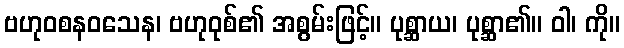
ဗဟုဝစနဝသေန၊ ဗဟုဝုစ်၏ အစွမ်းဖြင့်။ ပုစ္ဆာယ၊ ပုစ္ဆာ၏။ ဝါ၊ ကို။